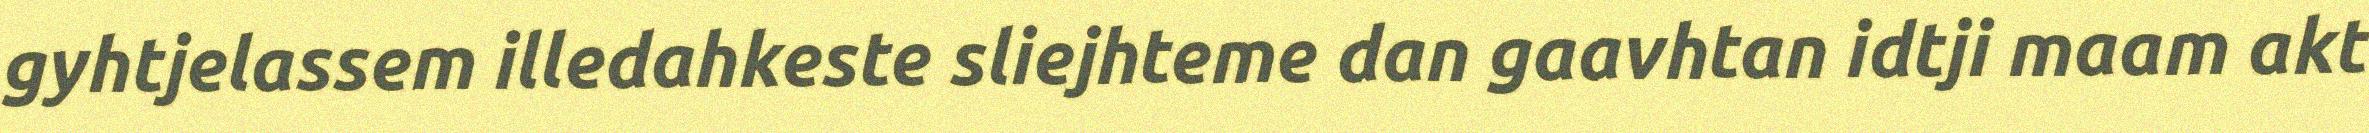
gyhtjelassem illedahkeste sliejhteme dan gaavhtan idtji maam akt